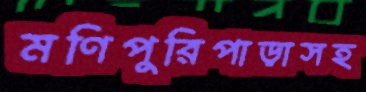
মণিপুরিপাড়াসহ